Scientific memoirs by medical officers of the Army of India - Part II,
Year: 1886
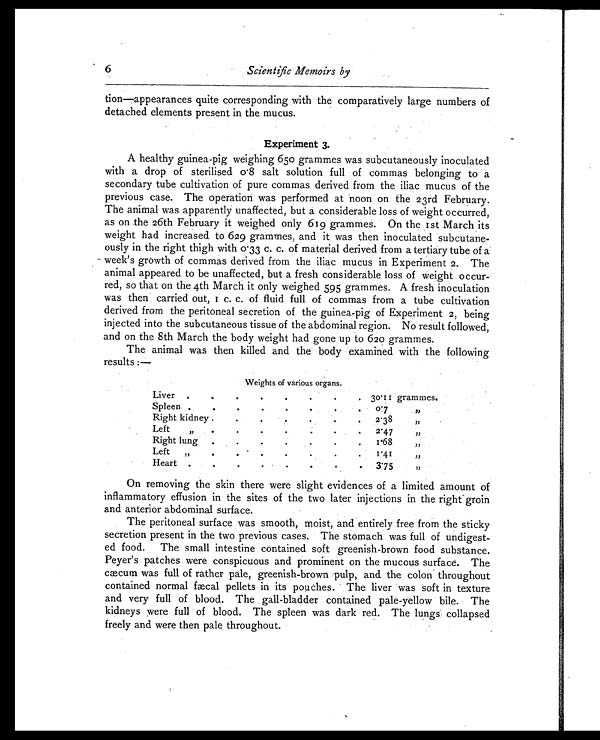
6
Scientific Memoirs by
tion—appearances quite corresponding with the comparatively large numbers of
detached elements present in the mucus.
Experiment 3.
A healthy guinea-pig weighing 650 grammes was subcutaneously inoculated
with a drop of sterilised 0.8 salt solution full of commas belonging to a
secondary tube cultivation of pure commas derived from the iliac mucus of the
previous case. The operation was performed at noon on the 23rd February.
The animal was apparently unaffected, but a considerable loss of weight occurred,
as on the 26th February it weighed only 619 grammes. On the 1st March its
weight had increased to 629 grammes, and it was then inoculated subcutane
-ously in the right thigh with 0.33 c. c. of material derived from a tertiary tube of a
week's growth of commas derived from the iliac mucus in Experiment 2. The
animal appeared to be unaffected, but a fresh considerable loss of weight occur
- r e d , s o t h a t o n t h e 4 t h M a r c h i t o n l y w e i g h e d 5 9 5 g r a m m e s . A f r e s h i n o c u l a t i o n
was then carried out, 1 c. c. of fluid full of commas from a tube cultivation
derived from the peritoneal secretion of the guinea-pig of Experiment 2, being
injected into the subcutaneous tissue of the abdominal region. No result followed,
and on the 8th March the body weight had gone up to 620 grammes.
The animal was then killed and the body examined with the following
results :—
Weights of various organs.
Liver
.
.
.
.
. .
.
. 30.11 grammes.
Spleen .
.
. .
.
.
.
.
0.7
, ,
Right kidney . .
.
. .
. .
.
2.38
,,
Left
,,
.
.
. .
. .
.
2.47
, ,
Right lung .
.
.
. .
.
.
1.68
, ,
Left
„
.
. .
.
.
.
.
1.41
,,
Heart .
.
.
.
.
.
.
.
3.75
, ,
On removing the skin there were slight evidences of a limited amount of
inflammatory effusion in the sites of the two later injections in the right groin
and anterior abdominal surface.
The peritoneal surface was smooth, moist, and entirely free from the sticky
secretion present in the two previous cases. The stomach was full of undigest
- e d f o o d . T h e s m a l l i n t e s t i n e c o n t a i n e d s o f t g r e e n i s h - b r o w n f o o d s u b s t a n c e .
Peyer's patches were conspicuous and prominent on the mucous surface. The
cæcum was full of rather pale, greenish-brown pulp, and the colon throughout
contained normal fæcal pellets in its pouches. The liver was soft in texture
and very full of blood. The gall-bladder contained pale-yellow bile. The
kidneys were full of blood. The spleen was dark red. The lungs collapsed
freely and were then pale throughout.